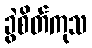
ခွဲစိတ်ကုသ